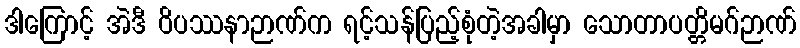
ဒါကြောင့် အဲဒီ ဝိပဿနာဉာဏ်က ရင့်သန်ပြည့်စုံတဲ့အခါမှာ သောတာပတ္တိမဂ်ဉာဏ်